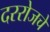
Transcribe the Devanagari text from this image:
दररोजचे